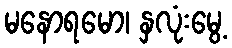
မနောရမော၊ နှလုံးမွေ့